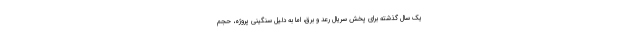
یک سال گذشته برای پخش سریال رعد و برق، اما به دلیل سنگینی پروژه، حجم